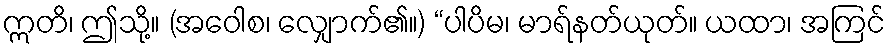
ဣတိ၊ ဤသို့။ (အဝေါစ၊ လျှောက်၏။) “ပါပိမ၊ မာရ်နတ်ယုတ်။ ယထာ၊ အကြင်